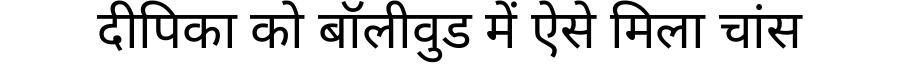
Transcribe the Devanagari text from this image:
दीपिका को बॉलीवुड में ऐसे मिला चांस